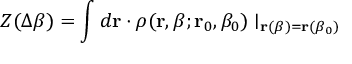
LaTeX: Z ( \Delta \beta ) = \int d { \bf r } \cdot \rho ( { \bf r } , \beta ; { \bf r } _ { 0 } , \beta _ { 0 } ) \mid _ { { \bf r } ( \beta ) = { \bf r } ( \beta _ { 0 } ) }